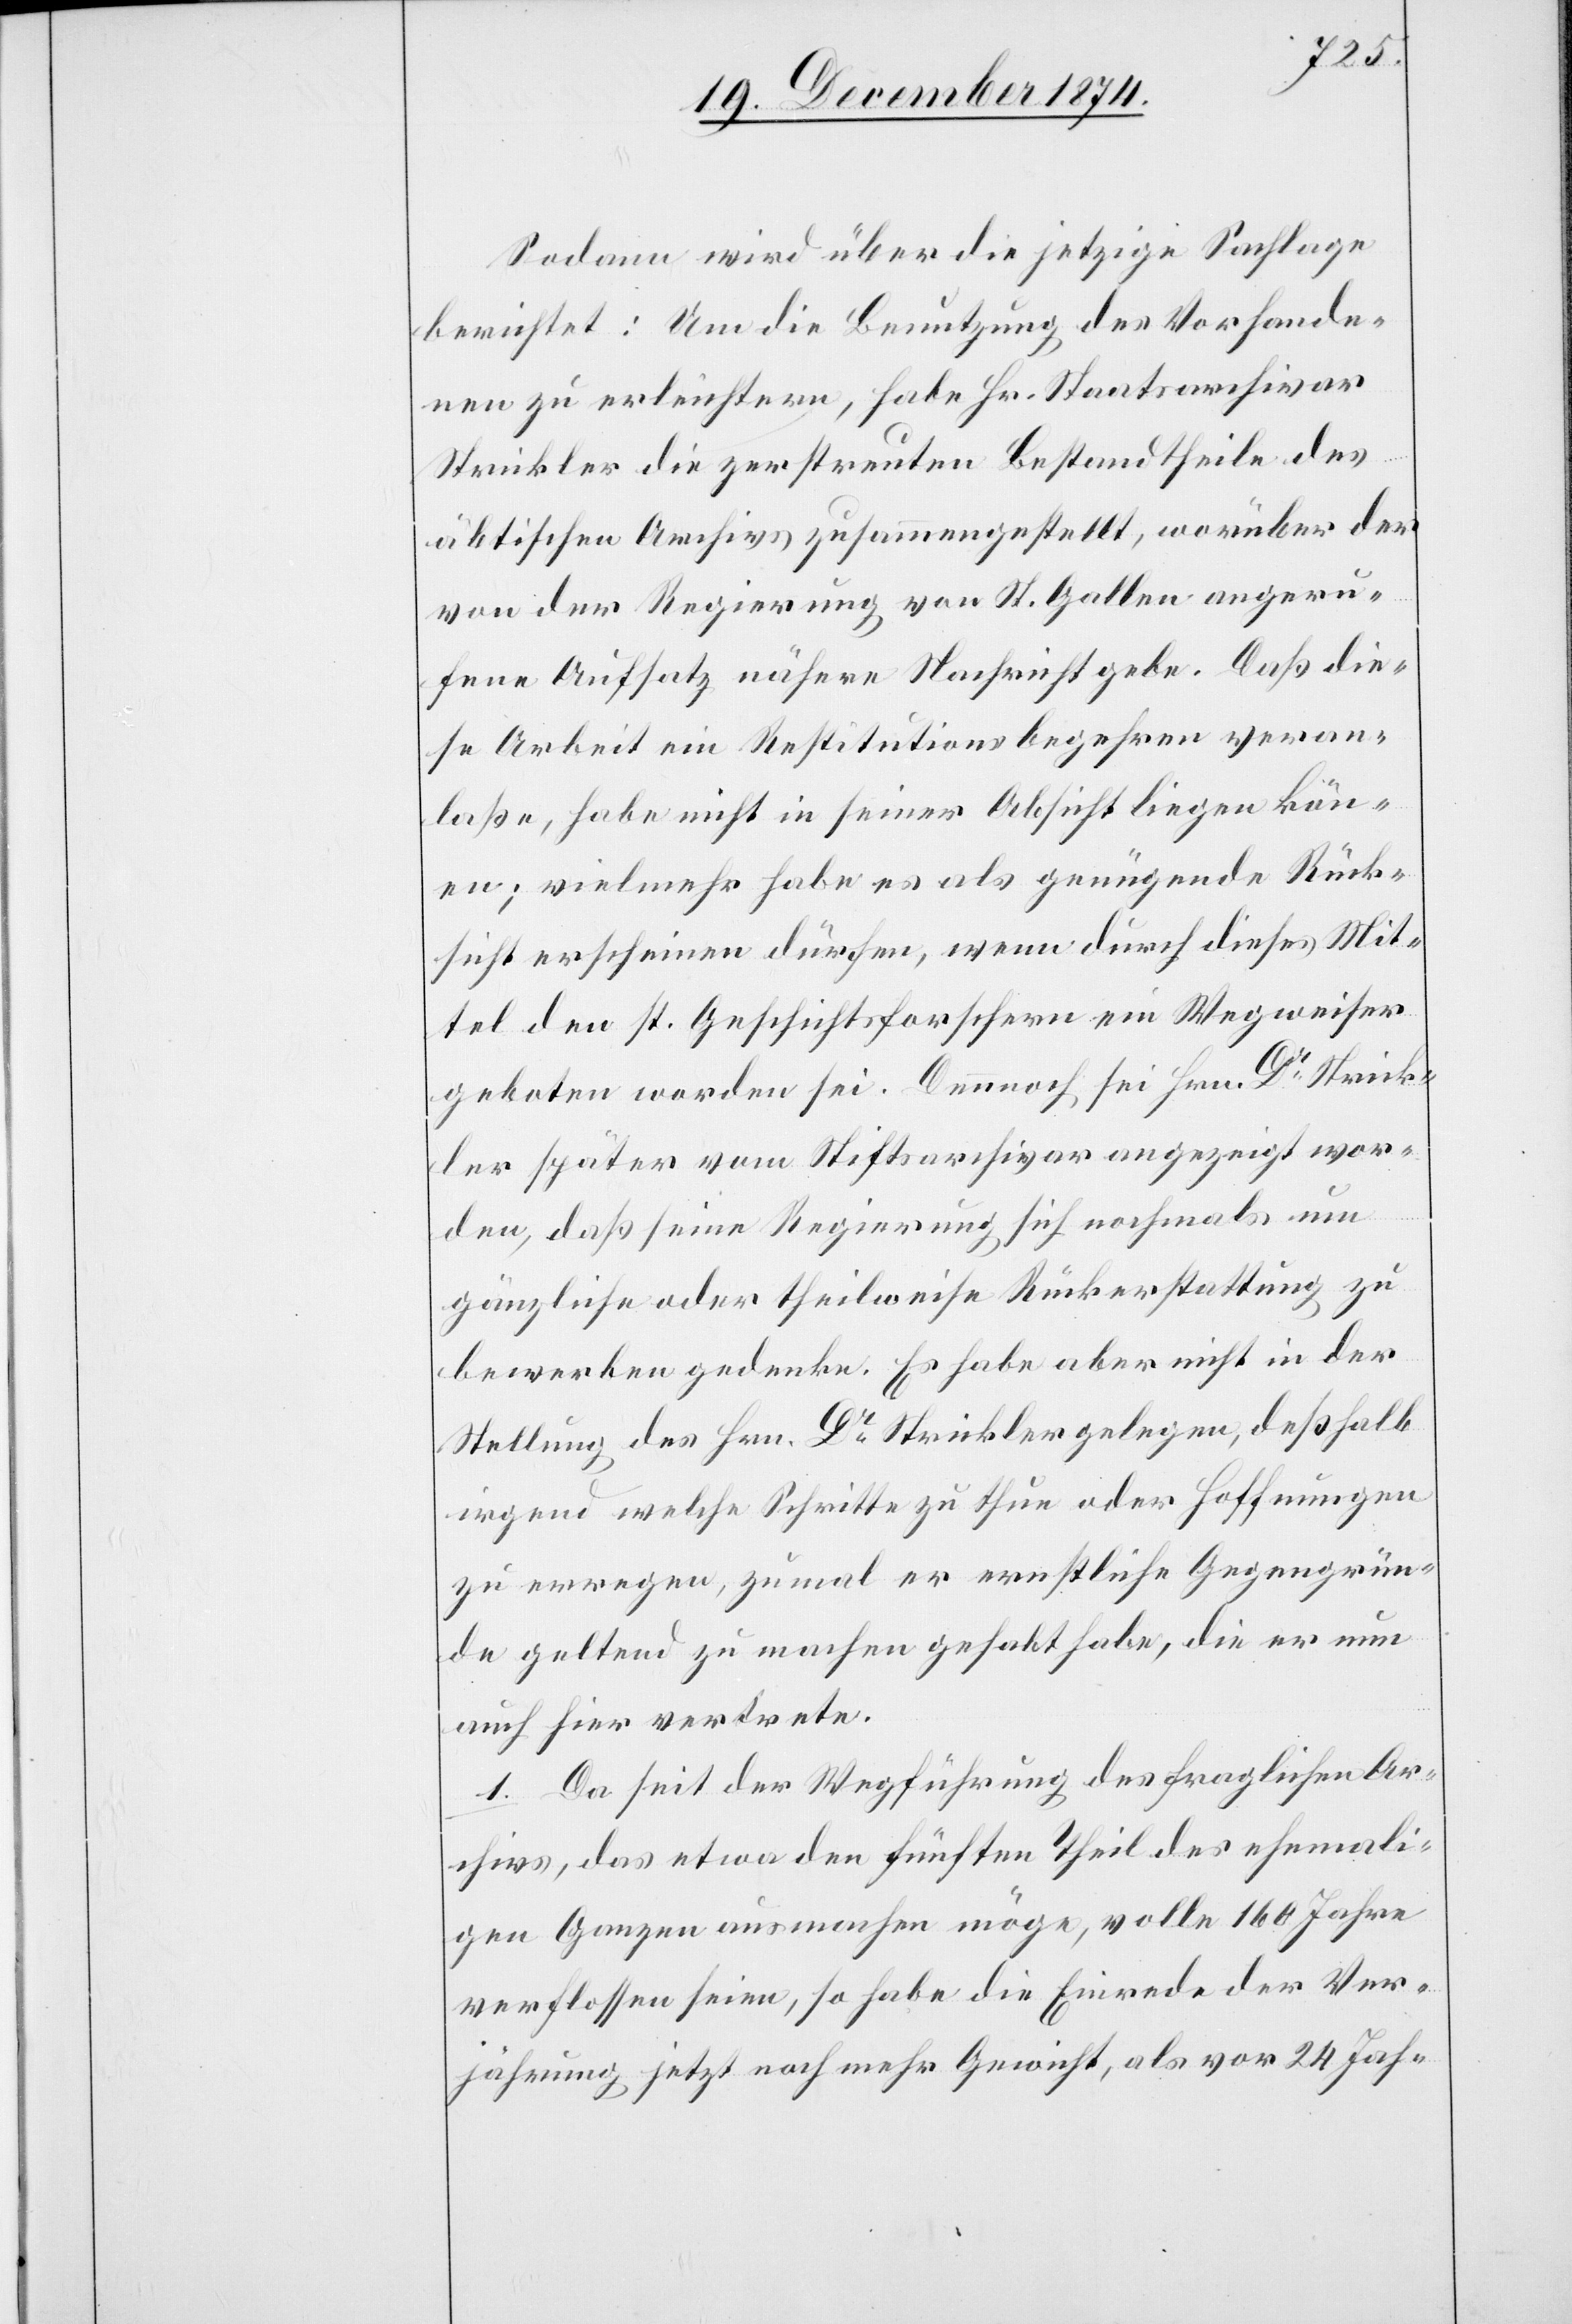
Sodann wird über die jetzige Sachlage
berichtet: Um die Benutzung des Vorhande¬
nen zu erleichtern, habe Hr. Staatsarchivar
Strickler die zerstreuten Bestandtheile des
äbtischen Archivs zusammengestellt, worüber der
von der Regierung von St. Gallen angeru¬
fene Aufsatz nähere Nachricht gebe. Daß die¬
se Arbeit ein Restitutionsbegehren veran¬
laße, habe nicht in seiner Absicht liegen könn¬
en; vielmehr habe es als genügende Rück¬
sicht erscheinen dürfen, wenn durch dieses Mit¬
tel den st. Geschichtsforschern ein Wegweiser
geboten worden sei. Dennoch sei Hrn. Dr Strick¬
ler später vom Stiftsarchivar angezeigt wor¬
den, daß seine Regierung sich nochmals um
gänzliche oder theilweise Rückerstattung zu
bewerben gedenke. Es habe aber nicht in der
Stellung des Hrn. Dr Strickler gelegen, deßhalb
irgend welche Schritte zu thun oder Hoffnungen
zu erregen, zumal er ernstliche Gegengrün¬
de geltend zu machen gehabt habe, die er nun
auch hier vertrete.
1. Da seit der Wegführung des fraglichen Ar¬
chivs, das etwa den fünften Theil des ehemali¬
gen Ganzen ausmachen möge, wolle 160 Jahre
verflossen seien, so habe die Einrede der Ver¬
jährung jetzt noch mehr Gewicht, als vor 24 Jah-